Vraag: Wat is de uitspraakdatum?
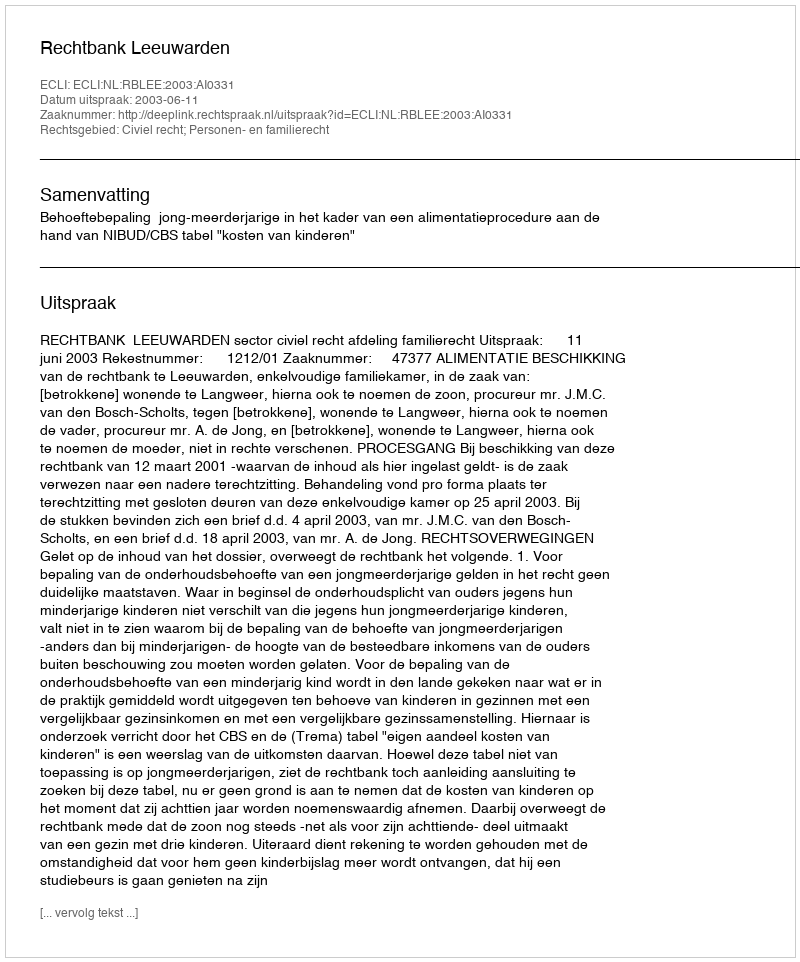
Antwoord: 2003-06-11